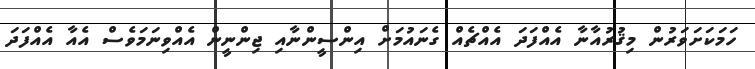
ހަމަކަށަވަރުން މިޤުރުއާނާ އެއްފަދަ އެއްޗެއް ގެނައުމަށް އިންސީންނާއި ޖިންނީން އެއްވިނަމަވެސް އެއާ އެއްފަދަ